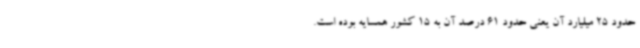
حدود 25 میلیارد آن یعنی حدود 61 درصد آن به 15 کشور همسایه بوده است.